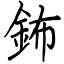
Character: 鈽